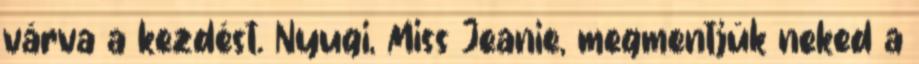
várva a kezdést. Nyugi, Miss Jeanie, megmentjük neked a